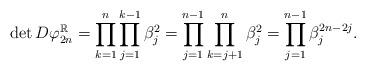
LaTeX: \begin{align*} \det D\varphi_{2n}^\mathbb{R} = \prod \limits_{k = 1}^n \prod \limits_{j = 1}^{k - 1} \beta_j^2 = \prod \limits_{j = 1}^{n - 1} \prod \limits_{k = j + 1}^n \beta_j^2 = \prod \limits_{j = 1}^{n - 1} \beta_j^{2n - 2j}. \end{align*}